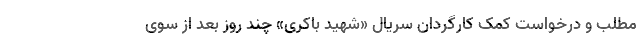
مطلب و درخواست کمک کارگردان سریال «شهید باکری» چند روز بعد از سوی